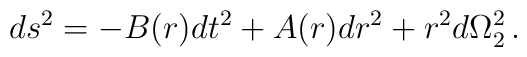
ds^2 = -B(r)dt^2 +A(r)dr^2 +r^2d\Omega_2^2\,.